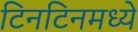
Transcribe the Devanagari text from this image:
टिनटिनमध्ये